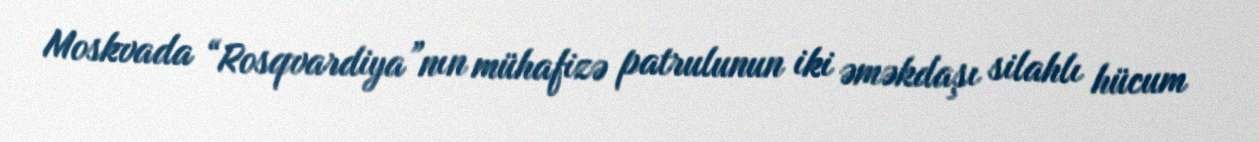
Moskvada “Rosqvardiya”nın mühafizə patrulunun iki əməkdaşı silahlı hücum